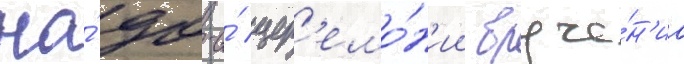
На́ 90-и́ цер'емо́н'ии вруче́н'иа